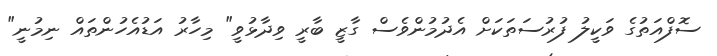
ސޮފްއަތުގެ ވަކީލު ފުރުސަތަކަށް އެދުމުންވެސް ގާޒީ ބާރީ ވިދާޅުވީ" މިހާރު އަޑުއެހުންތައް ނިމުނީ"